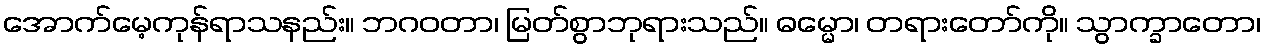
အောက်မေ့ကုန်ရာသနည်း။ ဘဂဝတာ၊ မြတ်စွာဘုရားသည်။ ဓမ္မော၊ တရားတော်ကို။ သွာက္ခာတော၊